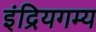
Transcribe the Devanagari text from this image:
इंद्रियगम्य